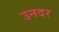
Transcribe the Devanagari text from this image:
उनदर